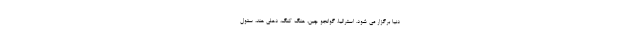
دنیا برگزار می شود. استرالیا، گوانجو چین، هنگ کنگ، دهلی هند، سئول